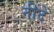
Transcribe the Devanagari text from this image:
नींदें